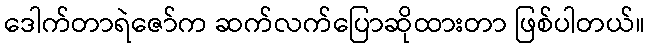
ဒေါက်တာရဲဇော်က ဆက်လက်ပြောဆိုထားတာ ဖြစ်ပါတယ်။